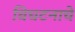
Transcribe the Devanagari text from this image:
विघटनाचे